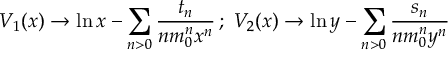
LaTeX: V _ { 1 } ( x ) \rightarrow \ln x - \sum _ { n > 0 } \frac { t _ { n } } { n m _ { 0 } ^ { n } x ^ { n } } \, ; \; V _ { 2 } ( x ) \rightarrow \ln y - \sum _ { n > 0 } \frac { s _ { n } } { n m _ { 0 } ^ { n } y ^ { n } }